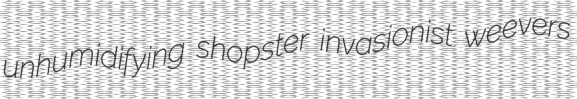
unhumidifying shopster invasionist weevers